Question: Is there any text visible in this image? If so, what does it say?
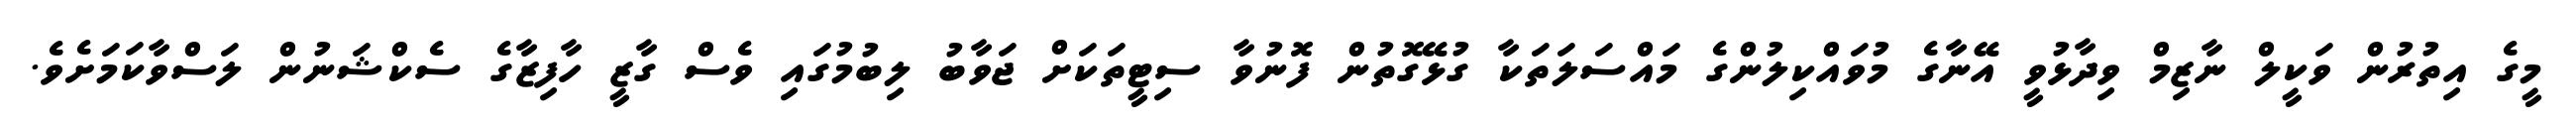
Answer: މީގެ އިތުރުން ވަކީލް ނާޒިމް ވިދާޅުވީ އޭނާގެ މުވައްކިލުންގެ މައްސަލަތަކާ ގުޅޭގޮތުން ފޮނުވާ ސިޓީތަކަށް ޖަވާބު ލިބުމުގައި ވެސް ގާޒީ ހާފިޒާގެ ސެކްޝަނުން ލަސްވާކަމަށެވެ.